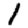
Digit: 1